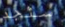
سنجد